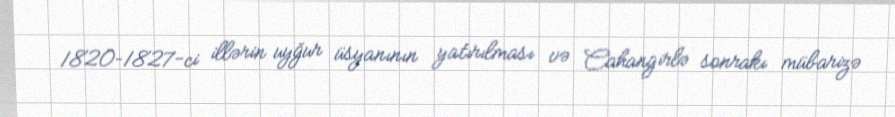
1820–1827-ci illərin uyğur üsyanının yatırılması və Cahangirlə sonrakı mübarizə